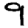
Digit: 9